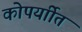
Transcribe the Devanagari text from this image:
कोपर्याीत